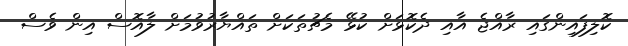
ކޮލިފައިންގައި ރާއްޖެ އާއި ދެކޮޅަށް ކުޅޭ މެޗުތަކަށް ތައްޔާރުވުމަށް ލާއޮސް އިން ވެސް